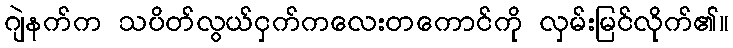
ဂျဲနက်က သပိတ်လွယ်ငှက်ကလေးတကောင်ကို လှမ်းမြင်လိုက်၏။